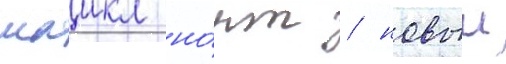
маикл но́рт / новыи